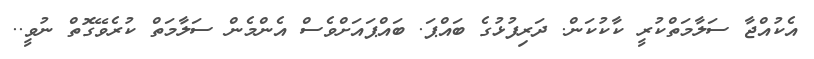
އެކުއްޖާ ސަލާމަތްކުރީ ކާކުކަން. ދަރިފުޅުގެ ބައްޕަ. ބައްޕައަށްވެސް އެންމެން ސަލާމަތް ކުރެވޭގޮތް ނުވީ..